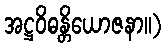
အဋ္ဌဝိဓန္တိယောဇနာ။)